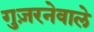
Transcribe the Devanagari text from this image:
गुज़रनेवाले